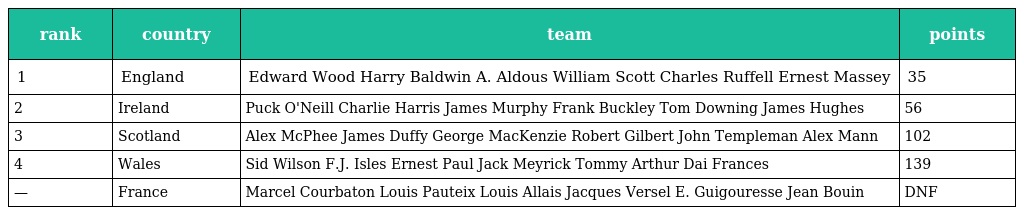
| rank | country | team | points |
 | --- | --- | --- | --- |
 | 1 | England | Edward Wood Harry Baldwin A. Aldous William Scott Charles Ruffell Ernest Massey | 35 |
 | 2 | Ireland | Puck O'Neill Charlie Harris James Murphy Frank Buckley Tom Downing James Hughes | 56 |
 | 3 | Scotland | Alex McPhee James Duffy George MacKenzie Robert Gilbert John Templeman Alex Mann | 102 |
 | 4 | Wales | Sid Wilson F.J. Isles Ernest Paul Jack Meyrick Tommy Arthur Dai Frances | 139 |
 | — | France | Marcel Courbaton Louis Pauteix Louis Allais Jacques Versel E. Guigouresse Jean Bouin | DNF |